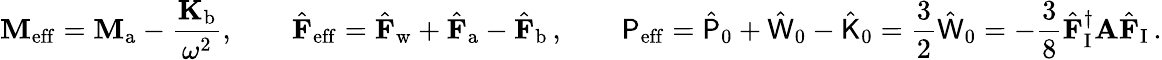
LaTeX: \mathbf{M}_{\mathrm{eff}}=\mathbf{M}_{\mathrm{a}}-\frac{\mathbf{K}_{\mathrm{b}}}{\omega^{2}},\qquad\hat{\mathbf{F}}_{\mathrm{eff}}=\hat{\mathbf{F}}_{\mathrm{w}}+\hat{\mathbf{F}}_{\mathrm{a}}-\hat{\mathbf{F}}_{\mathrm{b}}\, ,\qquad\mathsf{P}_{\mathrm{eff}}=\hat{\mathsf{P}}_{0}+\hat{\mathsf{W}}_{0}-\hat{\mathsf{K}}_{0}=\frac{3}{2}\hat{\mathsf{W}}_{0}=-\frac{3}{8}\hat{\mathbf{F}}_{\mathrm{I}}^{\dagger}\mathbf{A}\hat{\mathbf{F}}_{\mathrm{I}}\, .